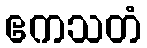
ဧကသတံ